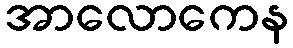
အာလောကေန